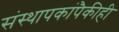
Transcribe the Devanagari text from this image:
संस्थापकांपैकीही